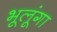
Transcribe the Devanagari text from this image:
भूलूंगा